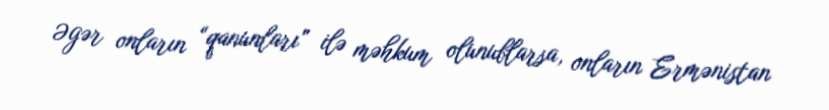
Əgər onların “qanunları” ilə məhkum olunublarsa, onların Ermənistan